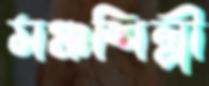
মঞ্চশিল্পী